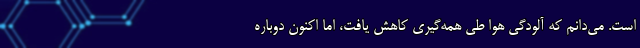
است. می‌دانم که آلودگی هوا طی همه‌گیری کاهش یافت، اما اکنون دوباره